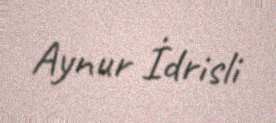
Aynur İdrisli